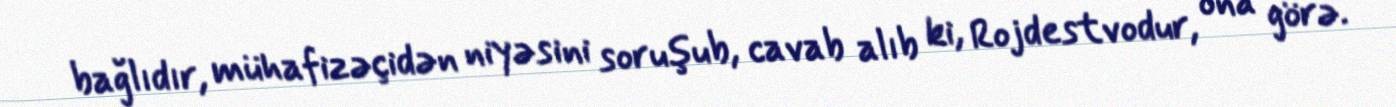
bağlıdır, mühafizəçidən niyəsini soruşub, cavab alıb ki, Rojdestvodur, ona görə.